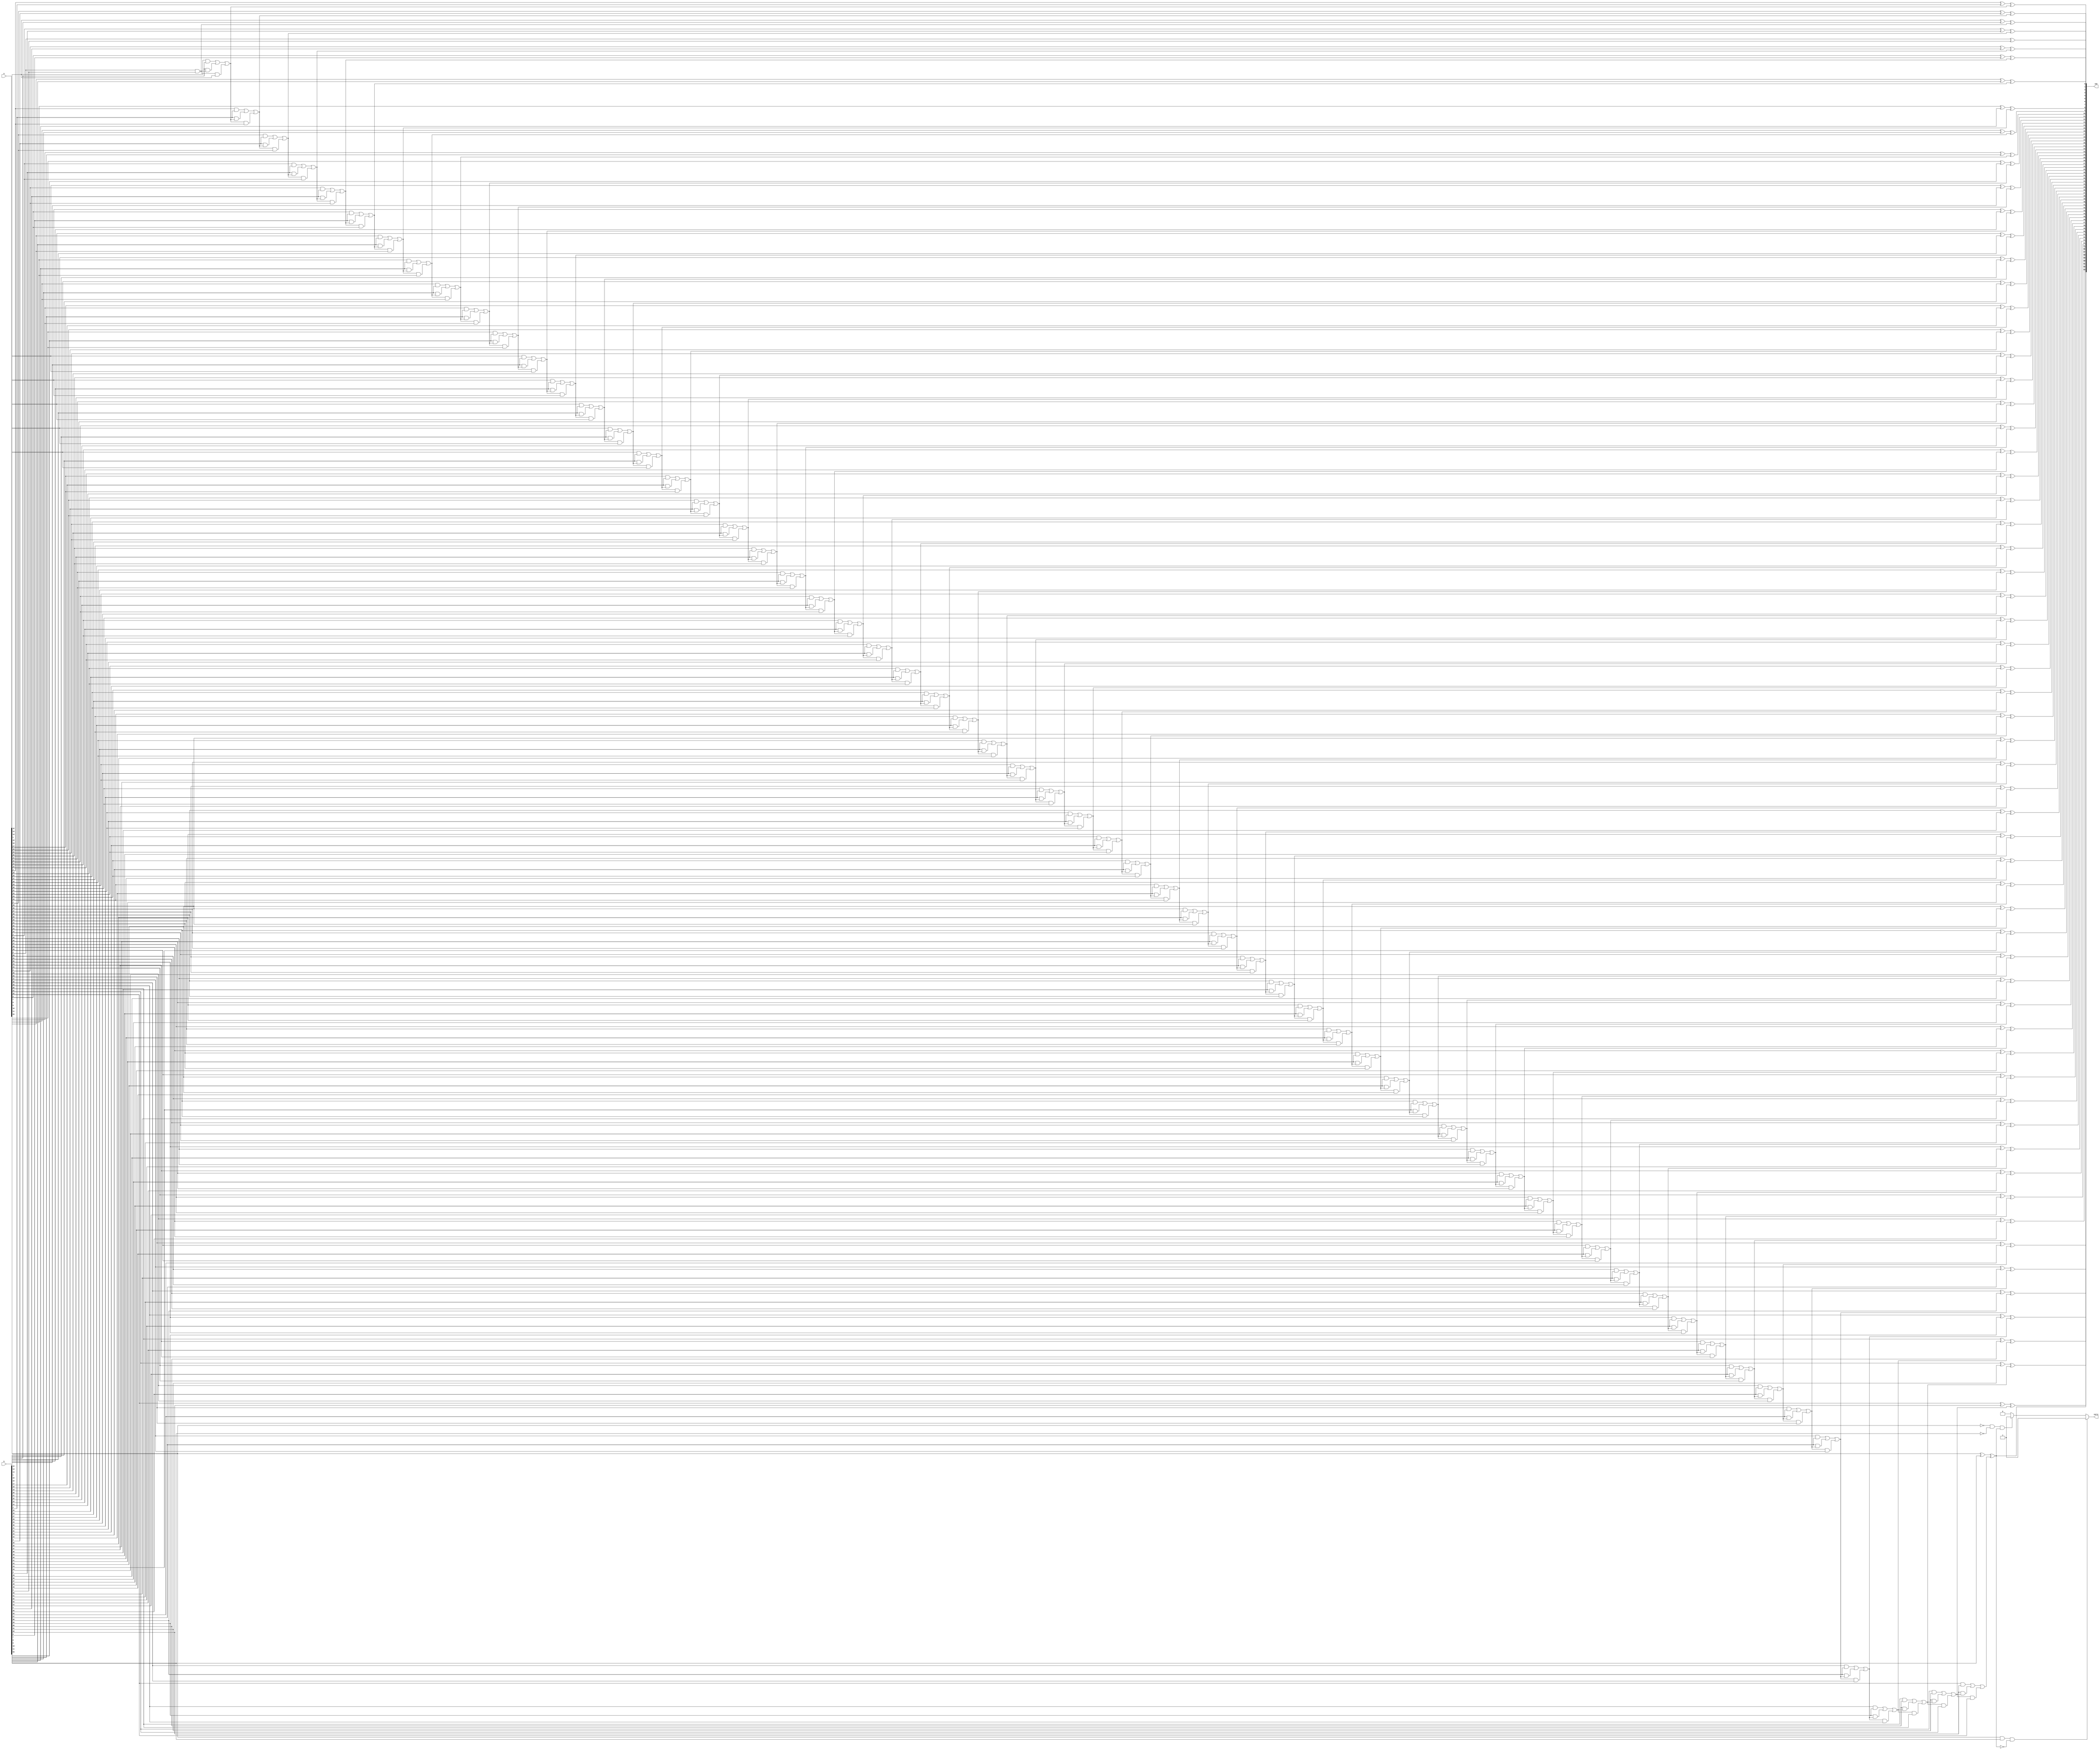
module add32( a, b, sum, carry);
input [63:0] a;
input [63:0] b;
output [63:0] sum;
output carry;

genvar i;
reg carry = 0;
reg [64:0] c=0;
reg [63:0] sum;
for(i=0; i<64; i=i+1)
begin
	always @(a[i] or b[i]  or c[i])
	begin
		if(i==63)
		begin
			sum[i] = a[i]^b[i]^c[i];
			carry = a[i]&b[i] | b[i]&c[i] |c[i]&a[i];
			if(a[63]==1  && b[63] == 1  && sum[63] == 0)
			begin
				carry = 1;
			end
			else if (a[63]==0  && b[63] == 0  && sum[63] == 1)
			begin
				carry = 1;
			end
			else
			begin
				carry = 0;
			end
		end
		else
		begin
			sum[i] = a[i]^b[i]^c[i];
			c[i+1] = a[i]&b[i] | b[i]&c[i] |c[i]&a[i]; 
		end

	end
end

endmodule